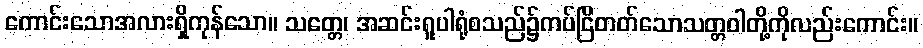
ကောင်းသောအလားရှိကုန်သော။ သတ္တေ၊ အဆင်းရူပါရုံစသည်၌ကပ်ငြိတတ်သောသတ္တဝါတို့ကိုလည်းကောင်း။